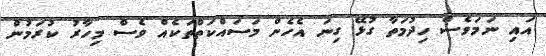
އައި ނަމަވެސް ހިދުމަތާ ގުޅޭ ގިނަ އެހެން މަސައްކަތްތަކެއް ވެސް މިހާރު ކުރަމުން